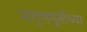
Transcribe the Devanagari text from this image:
सगुणमूर्तीच्या